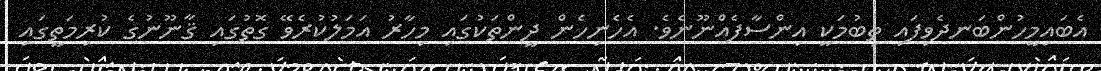
އެބައިމީހުންބަނދެވިފައި ތިބުމަކީ އިންސާފެއްނޫނެވެ. އެހެނިހެން ދީންތަކުގައި މިހާރު އަމަލުކުރެވޭ ގޮތުގައި ޤާނޫނުގެ ކުރިމަތީގައި